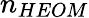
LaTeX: n_{HEOM}